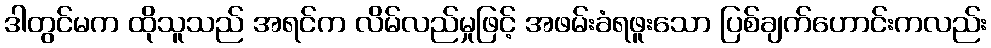
ဒါတွင်မက ထိုသူသည် အရင်က လိမ်လည်မှုဖြင့် အဖမ်းခံရဖူးသော ပြစ်ချက်ဟောင်းကလည်း